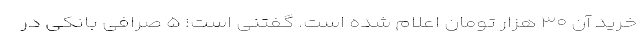
خرید آن ۳۰ هزار تومان اعلام شده است. گفتنی است؛ ۵ صرافی بانکی در